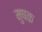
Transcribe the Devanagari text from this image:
मुषक